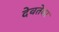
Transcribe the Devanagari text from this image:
देवतेवर